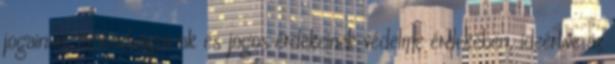
jogainak, szabadságainak és jogos érdekeinek védelme érdekében, ideértve az